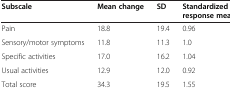
| Subscale | Mean change | SD | Standardized response mean |
 | --- | --- | --- | --- |
 | Pain | 18.8 | 19.4 | 0.96 |
 | Sensory/motor symptoms | 11.8 | 11.3 | 1.0 |
 | Specific activities | 17.0 | 16.2 | 1.04 |
 | Usual activities | 12.9 | 12.0 | 0.92 |
 | Total score | 34.3 | 19.5 | 1.55 |